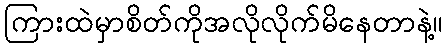
ကြားထဲမှာစိတ်ကိုအလိုလိုက်မိနေတာနဲ့။